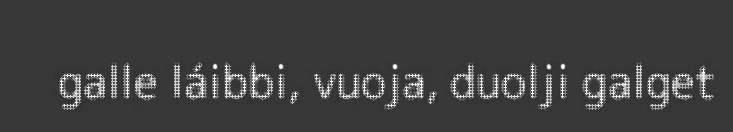
galle láibbi, vuoja, duolji galget